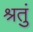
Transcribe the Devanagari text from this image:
श्रतुं